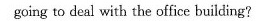
going to deal with the office building?